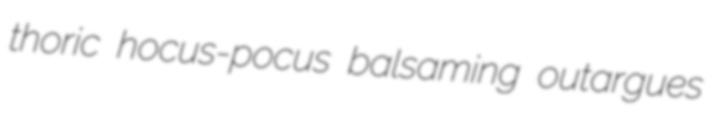
thoric hocus-pocus balsaming outargues